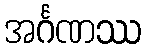
အင်္ဂဏဿ